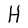
Character: H